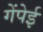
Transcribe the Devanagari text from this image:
गेंपेई